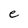
Character: e